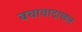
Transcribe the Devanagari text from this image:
बचावादाखल